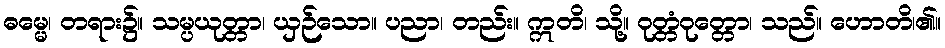
ဓမ္မေ၊ တရား၌။ သမ္ပယုတ္တာ၊ ယှဉ်သော။ ပညာ၊ တည်း။ ဣတိ၊ သို့။ ဝုတ္တံဝုတ္တော၊ သည်။ ဟောတိ၊၏။